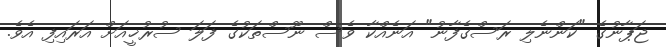
ޖަޕާނުގެ "ކަންނެލި ރަސްގެފާނު" އަނެއްކާ ވެސް ނޫސްތަކުގެ ފަލަ ސުރުޚީއަށް އަރައިފި އެވެ.